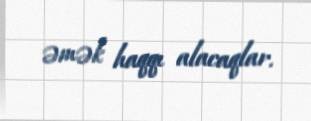
əmək haqqı alacaqlar.